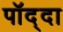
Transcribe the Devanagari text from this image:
पॉद्दा